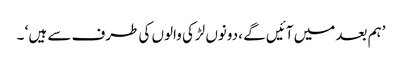
’ہم بعد میں آئیں گے ، دونوں لڑکی والوں کی طرف سے ہیں ‘ ۔